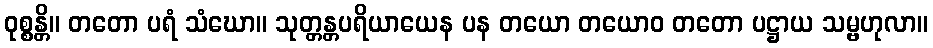
ဝုစ္စန္တိ။ တတော ပရံ သံဃော။ သုတ္တန္တပရိယာယေန ပန တယော တယောဝ တတော ပဋ္ဌာယ သမ္ဗဟုလာ။